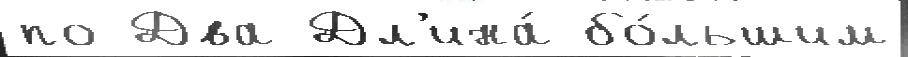
по Два Дл'ина́ бо́льшим